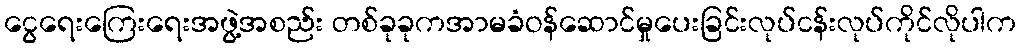
ငွေရေးကြေးရေးအဖွဲ့အစည်း တစ်ခုခုကအာမခံဝန်ဆောင်မှုပေးခြင်းလုပ်ငန်းလုပ်ကိုင်လိုပါက